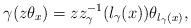
LaTeX: \begin{align*}\gamma (z \theta_x) = z z_\gamma^{-1} (l_\gamma (x)) \theta_{l_\gamma (x)} ,\end{align*}